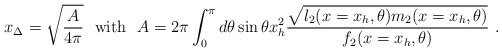
\begin{align*}x_{\Delta}=\sqrt{\frac{A}{4\pi}} \ \ {\rm with} \ \ A= 2\pi \int_{0}^{\pi} d\theta\sin\theta x_h^2 \frac{\sqrt{l_2(x=x_h,\theta)m_2(x=x_h,\theta)}}{f_2(x=x_h,\theta)} \ .\end{align*}